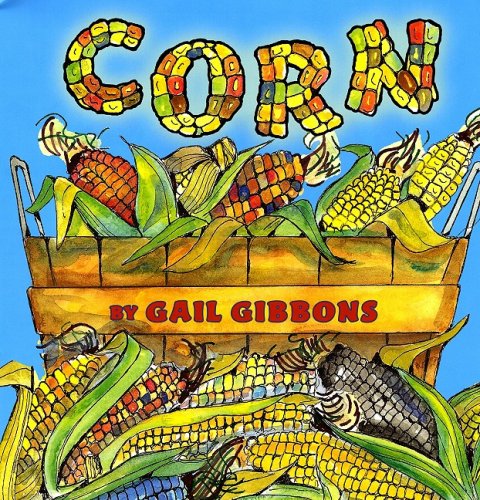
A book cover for Corn; Gail Gibbons; Children's Books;